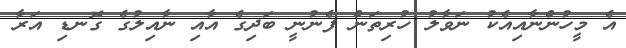
އެ މީހުންނާއިއެކު ނަވާލު ހުރިތަން ފެނުނީ ބަދިގެ އާއި ނާއިލުގެ ގޮނޑި އަރާ